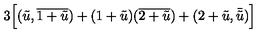
3 \Bigl [ ( \tilde { u } , \overline { { 1 + \tilde { u } } } ) + ( 1 + \tilde { u } ) ( \overline { { 2 + \tilde { u } } } ) + ( 2 + \tilde { u } , \bar { \tilde { u } } ) \Bigr ]